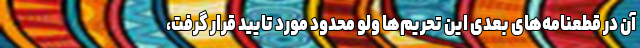
آن در قطعنامه‌های بعدی این تحریم‌ها ولو محدود مورد تایید قرار گرفت،